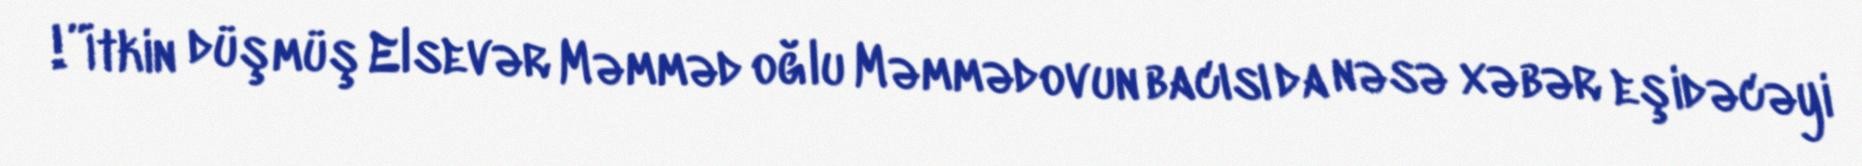
!”İtkin düşmüş Elsevər Məmməd oğlu Məmmədovun bacısı da nəsə xəbər eşidəcəyi